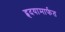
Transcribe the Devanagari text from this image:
हृदयामार्फत